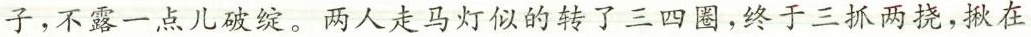
子，不露一点儿破绽。两人走马灯似的转了三四圈，终于三抓两挠，揪在